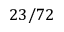
2 3 / 7 2